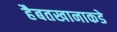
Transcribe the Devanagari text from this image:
हैबतखानाकडे